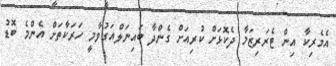
އެމެރިކާ އިން ޓެރަރިޒަމާ ދެކޮޅަށް ކުރިއަށް ގެންދާ ބައިނަލްއަގުވާމީ ހަރަކާތަށް އެންމެ ބޮޑު